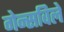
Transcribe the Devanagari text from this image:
गेन्सविले